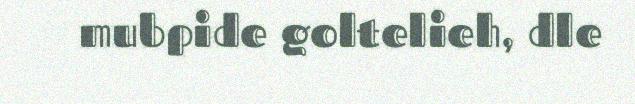
mubpide goltelieh, dle